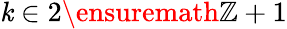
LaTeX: \mathit{k}\in2\ensuremath{{\mathbb{{Z}}}}+1